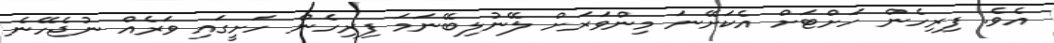
އެވެ. ފިރިހެން ހަށްޓަށް އެކަށޭނަ މިންވަރަށް ލޭނުލިބޭނަމަ ފިރިހެން ހަށީގައި ވަރެއް ނުޖެހޭނެ